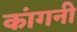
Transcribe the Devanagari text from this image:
कांगनी